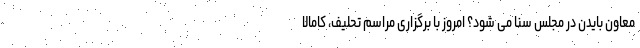
معاون بایدن در مجلس سنا می شود؟ امروز با برگزاری مراسم تحلیف، کامالا